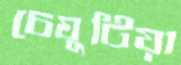
চেঘুটিয়া